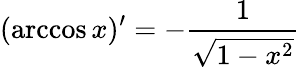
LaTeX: (\operatorname{arccos}x)^{\prime}=-{\frac{1}{\sqrt{1-x^{2}}}}